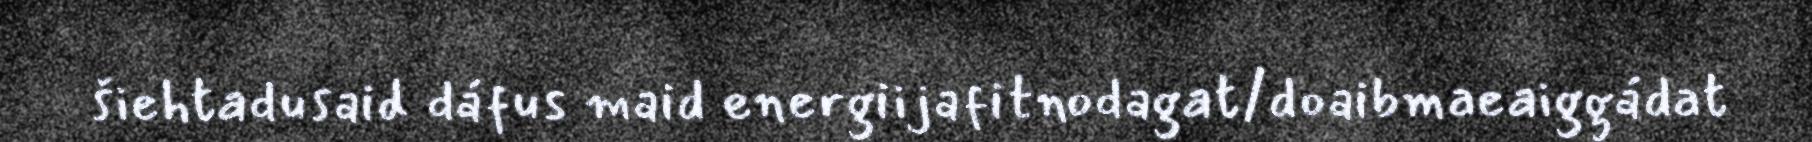
šiehtadusaid dáfus maid energiijafitnodagat/doaibmaeaiggádat